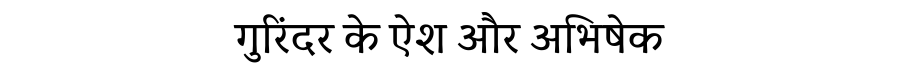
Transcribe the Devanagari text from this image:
गुरिंदर के ऐश और अभिषेक